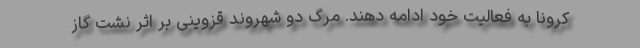
کرونا به فعالیت خود ادامه دهند. مرگ دو شهروند قزوینی بر اثر نشت گاز